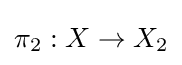
\pi _{2}:X\to X_{2}